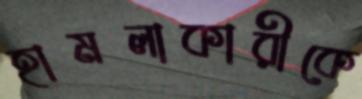
হামলাকারীকে